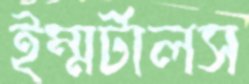
ইম্মর্টালস